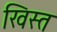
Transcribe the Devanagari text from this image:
खिस्‍त